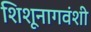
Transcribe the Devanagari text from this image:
शिशूनागवंशी